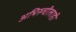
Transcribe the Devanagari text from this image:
अभिरुचीलाही